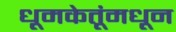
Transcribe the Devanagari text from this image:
धूमकेतूंमधून